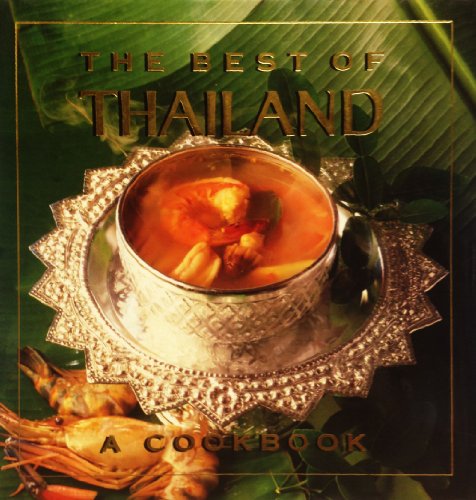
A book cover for The Best of Thailand: A Cookbook; Grace Young; Cookbooks, Food & Wine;